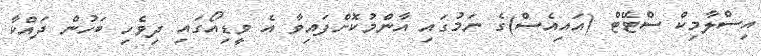
އިސްލާމިކް ސްޓޭޓް (އައިއެސް)ގެ ނަމުގައި އާންމުކޮށްފައިވާ އެ ވީޑިއޯގައި ދިވެހި ބަހުން ދައްކާ